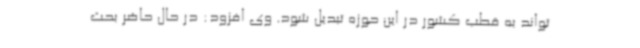
تواند به قطب کشور در این حوزه تبدیل شود. وی افزود: در حال حاضر بحث